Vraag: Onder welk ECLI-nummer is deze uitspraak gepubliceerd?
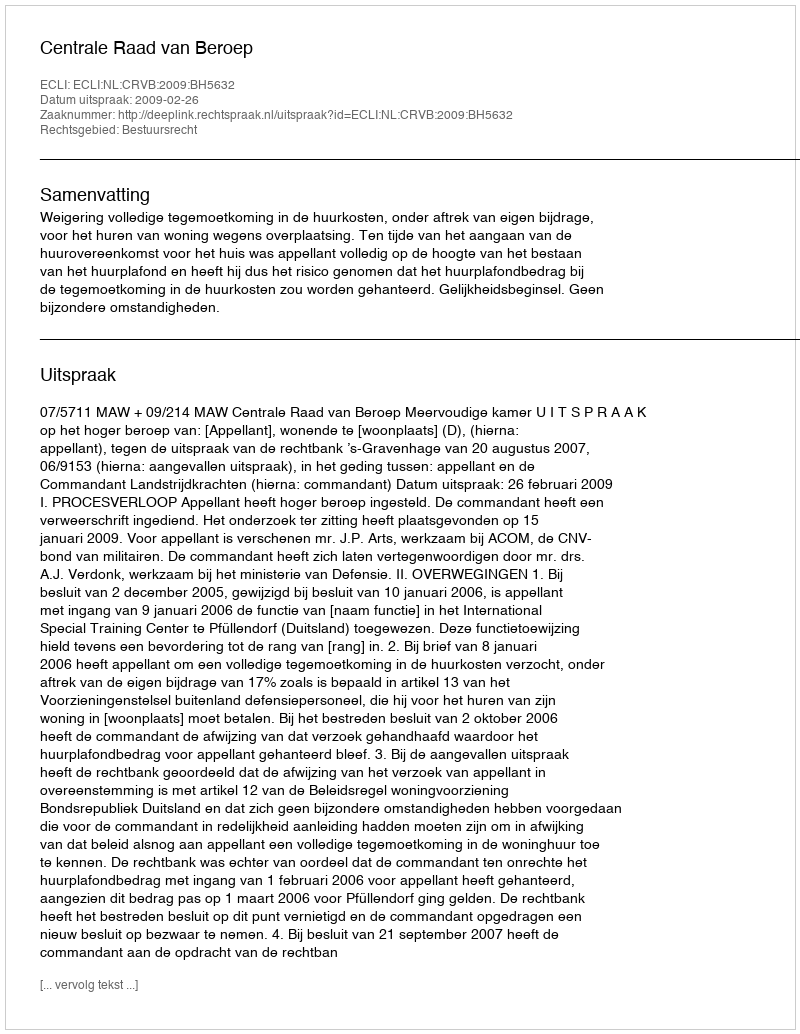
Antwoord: ECLI:NL:CRVB:2009:BH5632